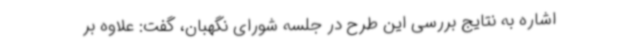
اشاره به نتایج بررسی این طرح در جلسه شورای نگهبان، گفت: علاوه بر